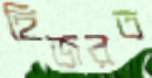
হিজরত